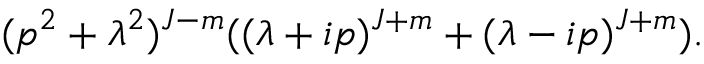
( p ^ { 2 } + \lambda ^ { 2 } ) ^ { J - m } ( ( \lambda + i p ) ^ { J + m } + ( \lambda - i p ) ^ { J + m } ) .